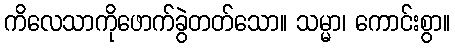
ကိလေသာကိုဖောက်ခွဲတတ်သော။ သမ္မာ၊ ကောင်းစွာ။